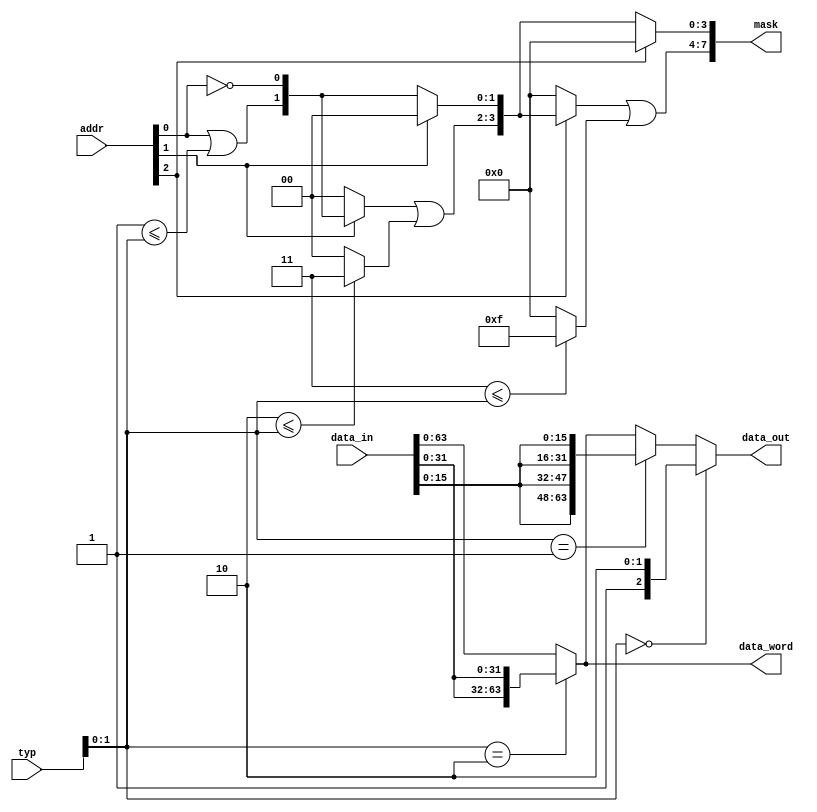
module mprcStoreGen(
  input [2:0] typ,
  input [39:0] addr,
  input [127:0] data_in,
  output [63:0] data_out,
  output [63:0] data_word,
  output [7:0] mask
);

  wire lower0;
  wire upper0;
  wire [1:0] res0;
  wire [1:0] lower1;
  wire [1:0] upper1_tpy;
  wire [1:0] upper1;
  wire [3:0] res1;
  wire [3:0] lower2;
  wire [3:0] upper2_typ;
  wire [3:0] upper2;
  wire [63:0] align_w;
  wire [63:0] align_h;
  wire [63:0] align_B;
  wire [63:0] align_32;
  wire [63:0] align_16;

  assign lower0 = addr[1'h0] == 1'h0;
  assign upper0 = addr[1'h0] | (2'h1 <= typ[1'h1:1'h0]);
  assign res0 = {upper0, lower0};
  
  assign lower1 = addr[1'h1] ? 2'h0 : res0;
  assign upper1_tpy = (2'h2 <= typ[1'h1:1'h0]) ? 2'h3 : 2'h0;
  assign upper1 = addr[1'h1] ? res0 : 2'h0;
  assign res1 = {upper1 | upper1_tpy, lower1};
 
  assign lower2 = addr[2'h2] ? 4'h0 : res1; 
  assign upper2_typ = (2'h3 <= typ[1'h1:1'h0]) ? 4'hf : 4'h0;
  assign upper2 = addr[2'h2] ? res1 : 4'h0;
  assign mask = {upper2 | upper2_typ, lower2};

  assign align_w = {data_in[5'h1f:1'h0], data_in[5'h1f:1'h0]};
  assign align_h = {data_in[4'hf:1'h0], data_in[4'hf:1'h0], data_in[4'hf:1'h0], data_in[4'hf:1'h0]};
  assign align_B = {align_B[3'h7:1'h0], align_B[3'h7:1'h0], align_B[3'h7:1'h0], align_B[3'h7:1'h0], 
                    align_B[3'h7:1'h0], align_B[3'h7:1'h0], align_B[3'h7:1'h0], align_B[3'h7:1'h0]};
  assign align_32 = typ[1'h1:1'h0] == 2'h2 ? align_w : data_in; 
  assign align_16 = typ[1'h1:1'h0] == 2'h1 ? align_h : align_32;
  assign data_out = typ[1'h1:1'h0] == 2'h0 ? align_B : align_16;
  
  assign data_word = align_32; 
endmodule